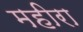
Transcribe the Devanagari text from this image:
महीरा